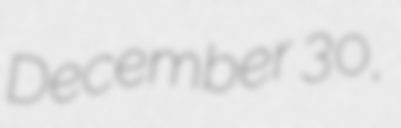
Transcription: December 30,